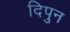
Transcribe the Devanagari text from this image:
दिपुन